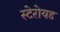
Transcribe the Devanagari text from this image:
स्टेरोयड